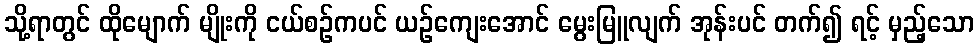
သို့ရာတွင် ထိုမျောက် မျိုးကို ငယ်စဉ်ကပင် ယဉ်ကျေးအောင် မွေးမြူလျက် အုန်းပင် တက်၍ ရင့် မှည့်သော